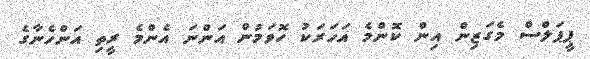
ޕީޕަލްސް މެގަޒިން އިން ކޮންމެ އަހަރަކު ހޮވަމުން އަންނަ އެންމެ ރީތި އަންހެނާގެ